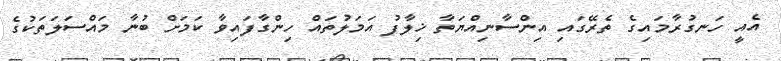
އެއީ ހަނގުރާމައިގެ ތެރޭގައި އިންސާނިއްޔަތާ ޚިލާފު އަމަލުތައް ހިންގާފައިވާ ކަމަށް ބުނާ މައްސަލަތަކުގެ